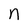
Character: n